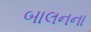
બાલનના